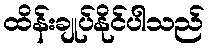
ထိန်းချုပ်နိုင်ပါသည်